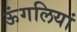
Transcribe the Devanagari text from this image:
ऊंगलियां